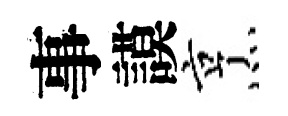
事謨烹